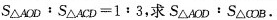
$$S △ 4 O D ﹔ S △ A C D = 1 : 3$$，求$$S △ A O D ： S △ C O B$$.